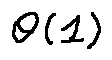
\theta ( 1 )